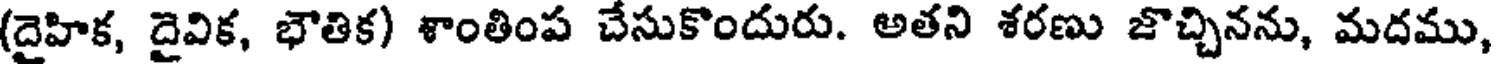
(దైహిక, దైవిక, భౌతిక) శాంతింప చేసుకొందురు. అతని శరణు జొచ్చినను, మదము,